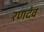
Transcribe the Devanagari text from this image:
रणदेव